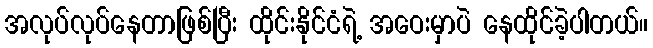
အလုပ်လုပ်နေတာဖြစ်ပြီး ထိုင်းနိုင်ငံရဲ့ အဝေးမှာပဲ နေထိုင်ခဲ့ပါတယ်။